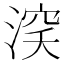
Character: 𰜞